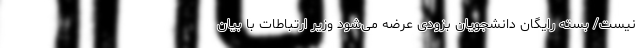
نیست/ بسته رایگان دانشجویان بزودی عرضه می‌شود وزیر ارتباطات با بیان